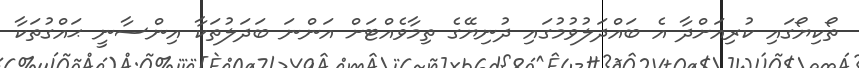
ތޯކިޔޯގައި ކުރިއަށްދާ އެ ބައްދަލުވުމުގައި ދުނިޔޭގެ ތިމާވެއްޓަށް އަންނަ ބަދަލުތަކާ އިންސާނީ ޙައްގުތަކާ